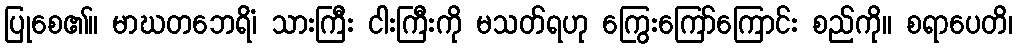
ပြုစေ၏။ မာဃတဘေရိံ၊ သားကြီး ငါးကြီးကို မသတ်ရဟု ကြွေးကြော်ကြောင်း စည်ကို။ စရာပေတိ၊